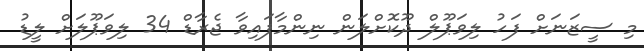
މި ސީޒަނަށް ފަހު ލިވަޕޫލް ދޫކޮށްލަން ނިންމާފައިވާ ޖެރާޑް 34 ލިވަޕޫލަށް ލީޑު